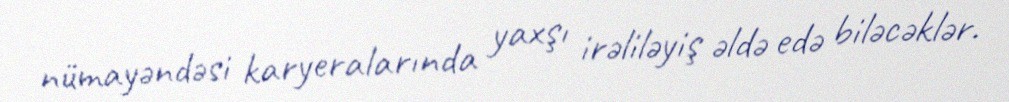
nümayəndəsi karyeralarında yaxşı irəliləyiş əldə edə biləcəklər.